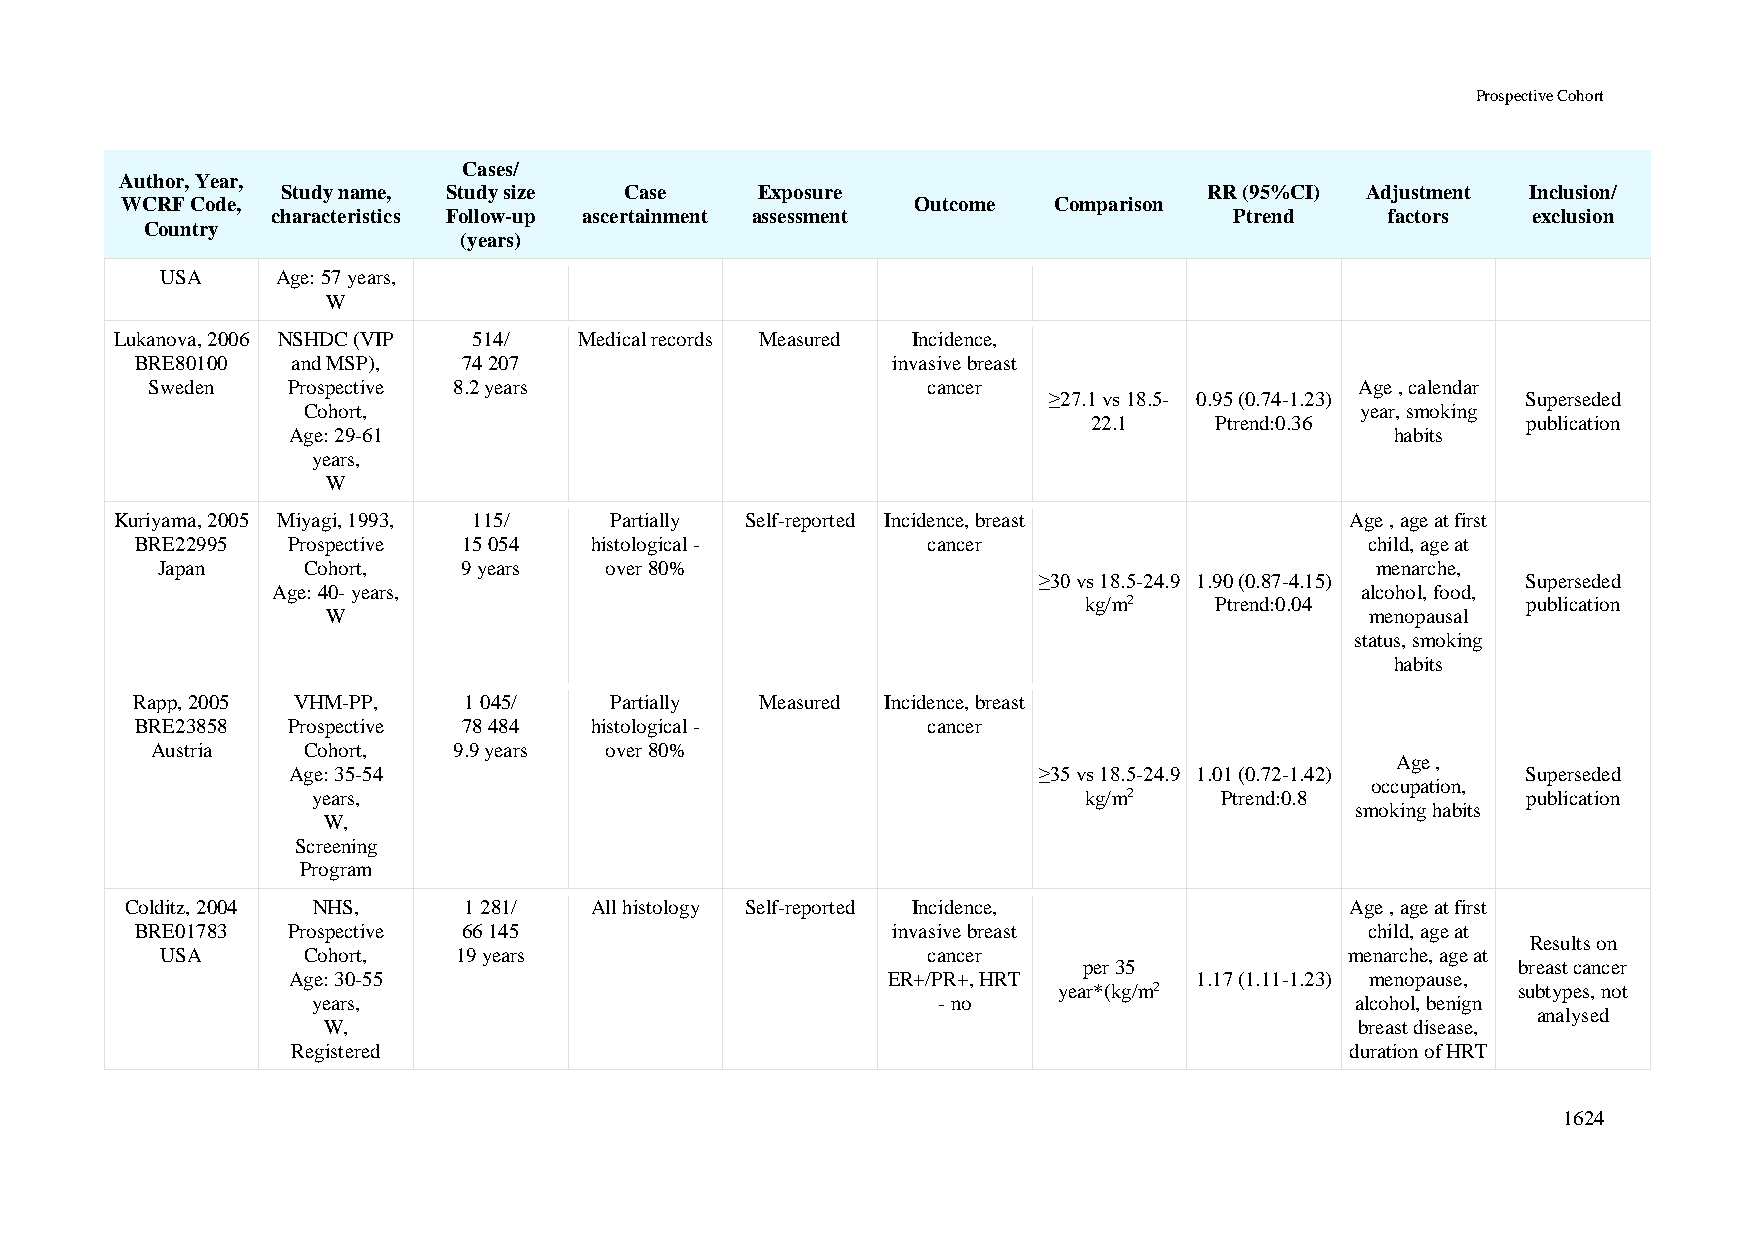
Prospective Cohort
 Cases/
 Author, Year,
 Study name, Study size Case    Exposure                      RR (95%CI) Adjustment Inclusion/
 WCRF Code,                                           Outcome  Comparison
 characteristics Follow-up ascertainment assessment              Ptrend    factors  exclusion
 Country
 (years)
 USA    Age: 57 years,
 W
 Lukanova, 2006 NSHDC (VIP 514/ Medical records Measured Incidence,
 BRE80100  and MSP),   74 207                      invasive breast
 Sweden   Prospective 8.2 years                     cancer                       Age , calendar
 ≥27.1 vs 18.5- 0.95 (0.74-1.23) Superseded
 Cohort,                                                               year, smoking
 22.1    Ptrend:0.36          publication
 Age: 29-61                                                               habits
 years,
 W
 Kuriyama, 2005 Miyagi, 1993, 115/ Partially Self-reported Incidence, breast      Age , age at first
 BRE22995  Prospective 15 054  histological -        cancer                        child, age at
 Japan     Cohort,    9 years  over 80%                                           menarche,
 ≥30 vs 18.5-24.9 1.90 (0.87-4.15) Superseded
 Age: 40- years,                                                         alcohol, food,
 kg/m2   Ptrend:0.04          publication
 W                                                                    menopausal
 status, smoking
 habits
 Rapp, 2005 VHM-PP,    1 045/   Partially Measured Incidence, breast
 BRE23858  Prospective 78 484  histological -        cancer
 Austria   Cohort,   9.9 years over 80%
 Age ,
 Age: 35-54                                        ≥35 vs 18.5-24.9 1.01 (0.72-1.42) Superseded
 occupation,
 years,                                             kg/m2    Ptrend:0.8          publication
 smoking habits
 W,
 Screening
 Program
 Colditz, 2004 NHS,     1 281/  All histology Self-reported Incidence,            Age , age at first
 BRE01783  Prospective 66 145                      invasive breast                 child, age at
 Results on
 USA      Cohort,   19 years                       cancer                      menarche, age at
 per 35                       breast cancer
 Age: 30-55                              ER+/PR+, HRT        1.17 (1.11-1.23) menopause,
 year*(kg/m2                   subtypes, not
 years,                                   - no                        alcohol, benign
 analysed
 W,                                                                   breast disease,
 Registered                                                            duration of HRT
 1624